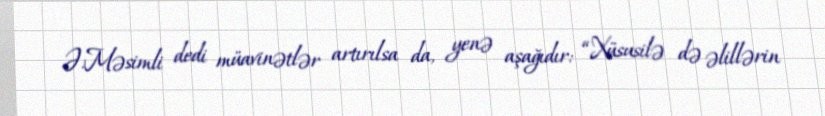
Ə.Məsimli dedi müavinətlər artırılsa da, yenə aşağıdır: “Xüsusilə də əlillərin